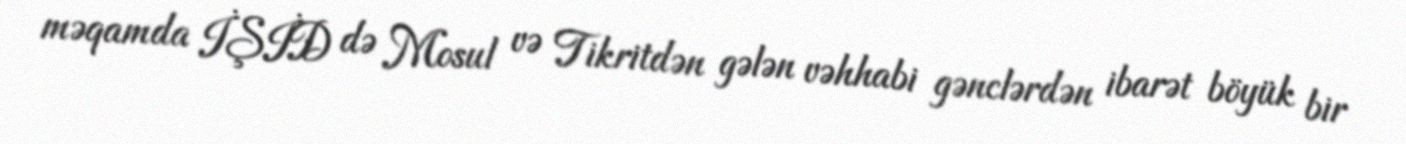
məqamda İŞİD də Mosul və Tikritdən gələn vəhhabi gənclərdən ibarət böyük bir